Vabadussoja_Ajaloo_Komitee, lk 68
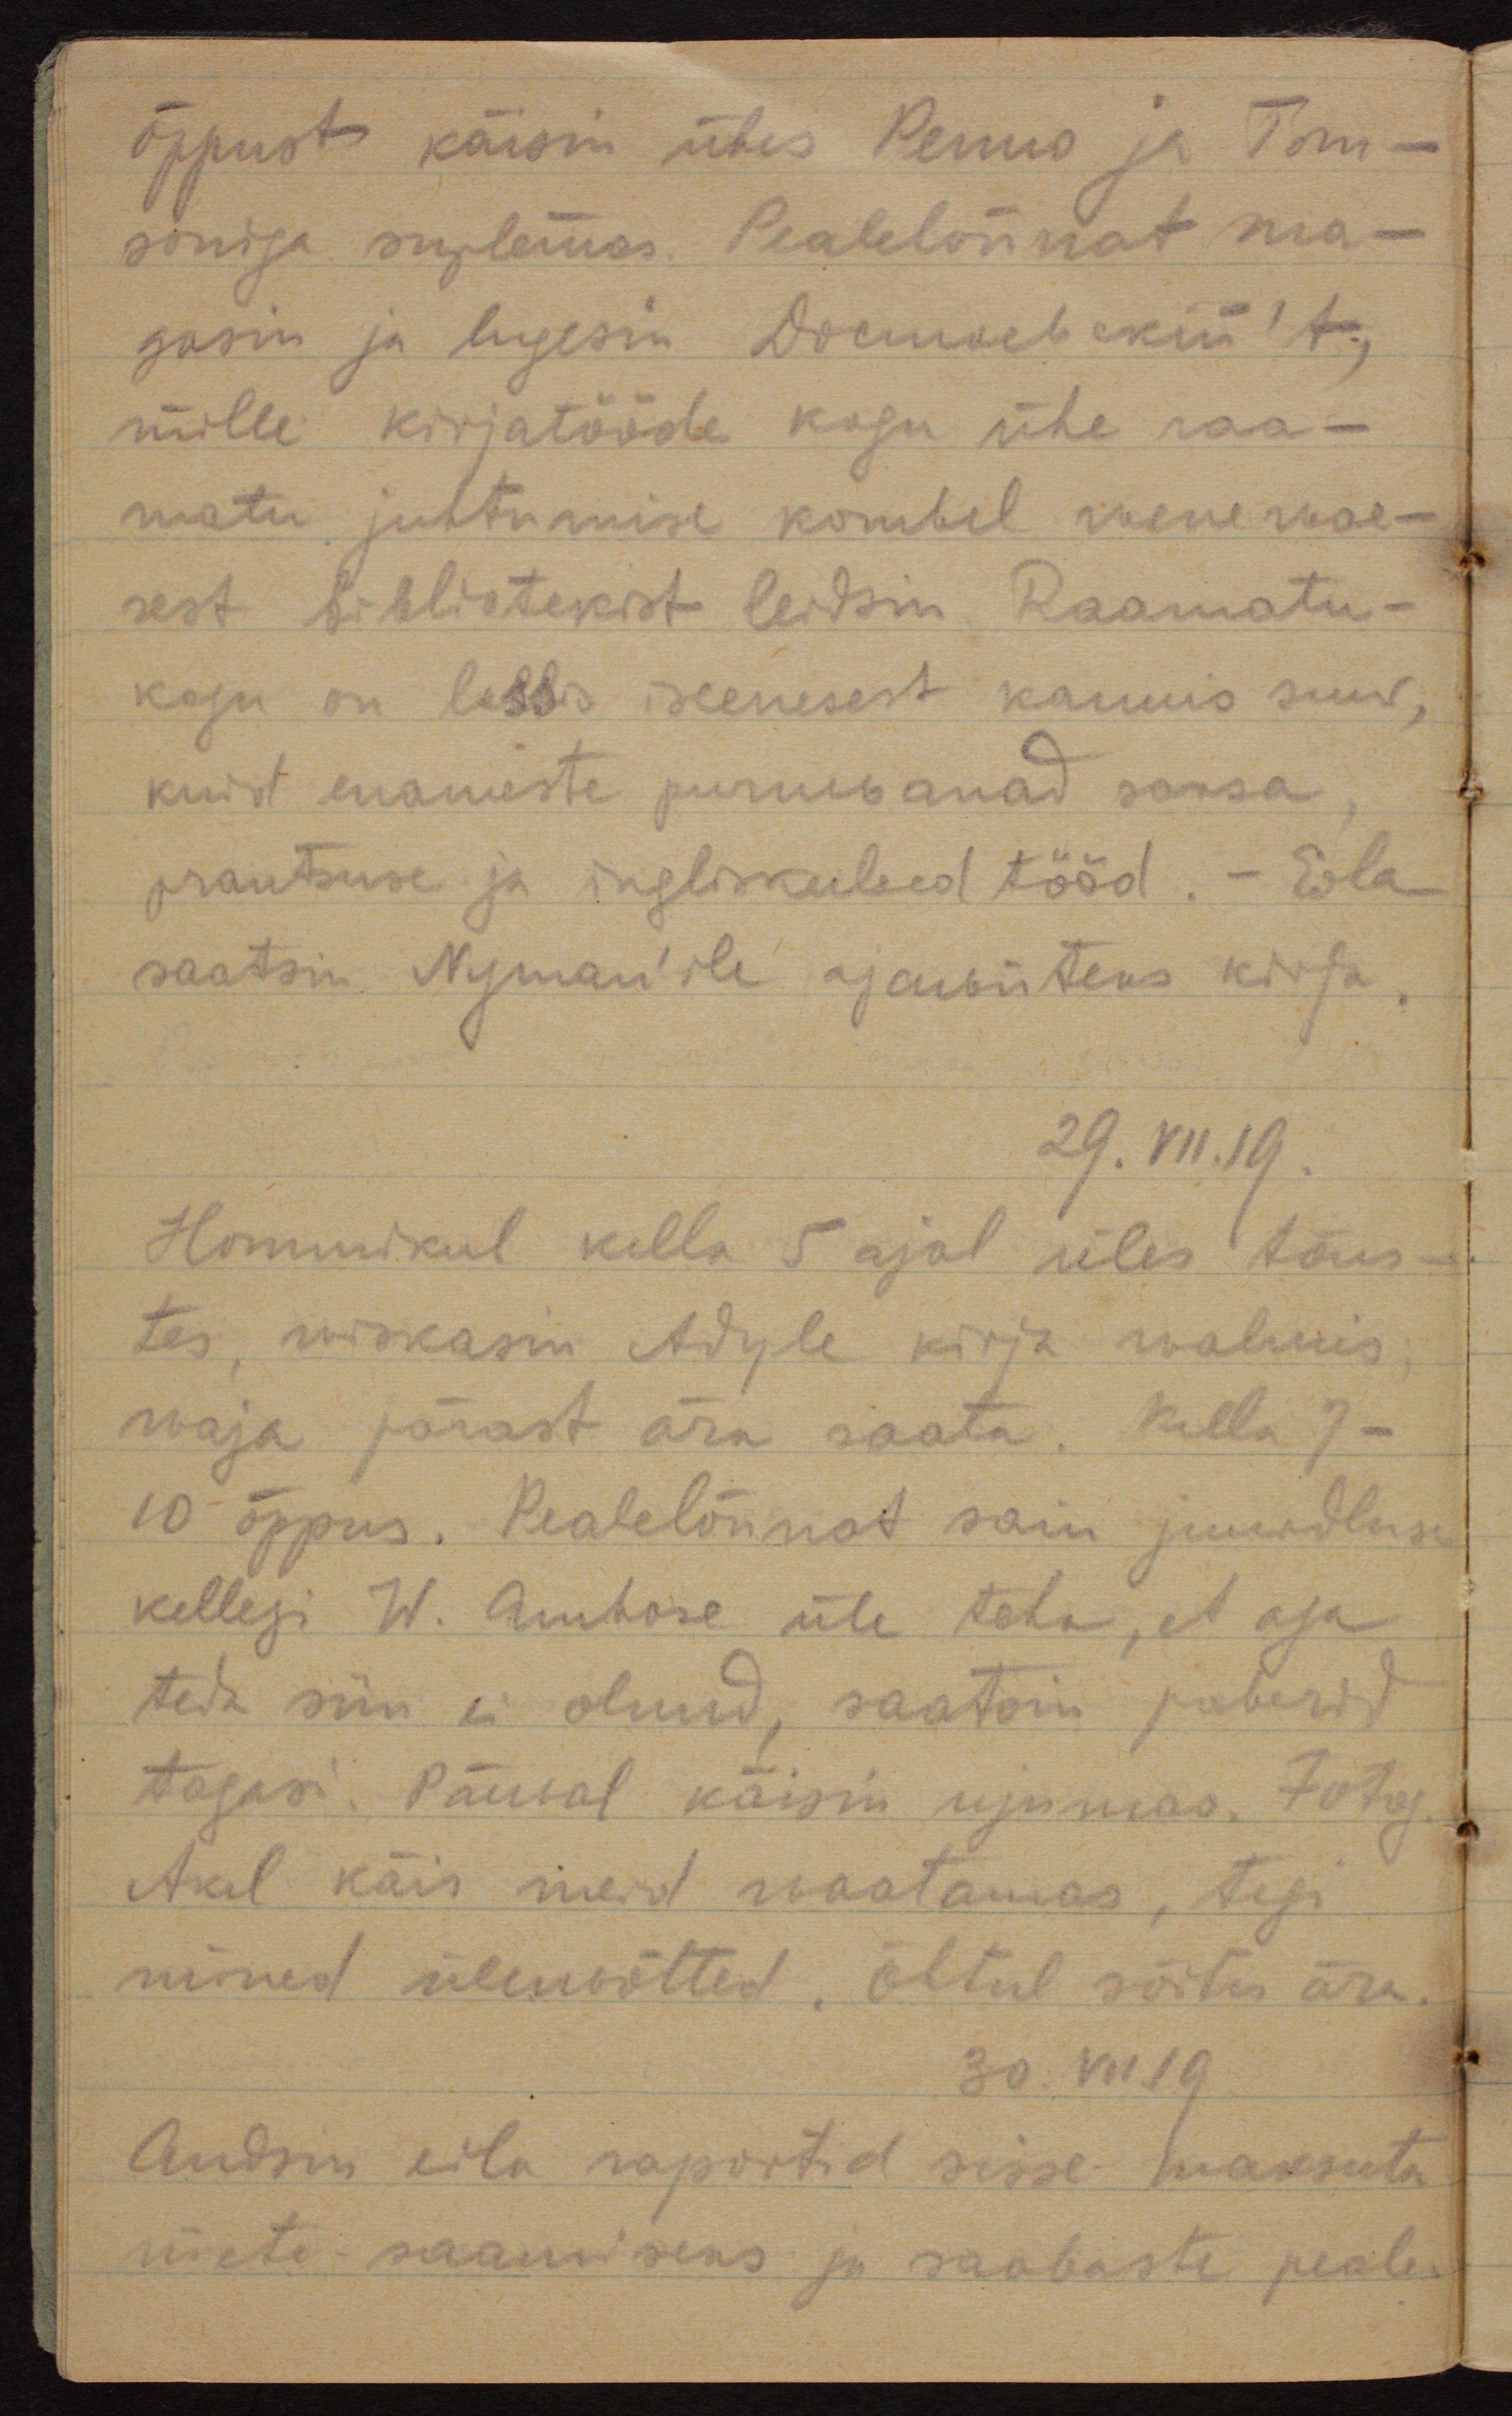
õppust käisin ühes Penno ja Tom-
soniga suplemas. Pealelõunat ma-
gasin ja lugesin Dostojevski´t, 
mille kirjatööde kogu ühe raa-
matu juhtumise kombel wene wae-
sest bibliotekist leidsin. Raamatu-
kogu on lossis iseenesest kaunis suur, 
kuid enameste puruwanad saksa, 
prantsuse ja ingliskeelsed tööd. - Eila
saatsin Nyman´ile ajawiiteks kirja.
29.VII.19.
Hommikul kella 5 ajal üles tõus-
tes, wiskasin Adyle kirja walmis;
waja pärast ära saata. Kella 7-
10 õppus. Pealelõunat sain juurdluse
kellegi W. Ambose üle teha, et aga
teda siin ei olnud, saatsin paberid 
tagasi. Päewal käisin ujumas. Fotog.
Akel käis merd waatamas, tegi
mõned üleswõtted. Õhtul sõitis ära.
30.VII.19.
Andsin eila raportid sisse maksuta
riiete saamiseks ja saabaste peale.